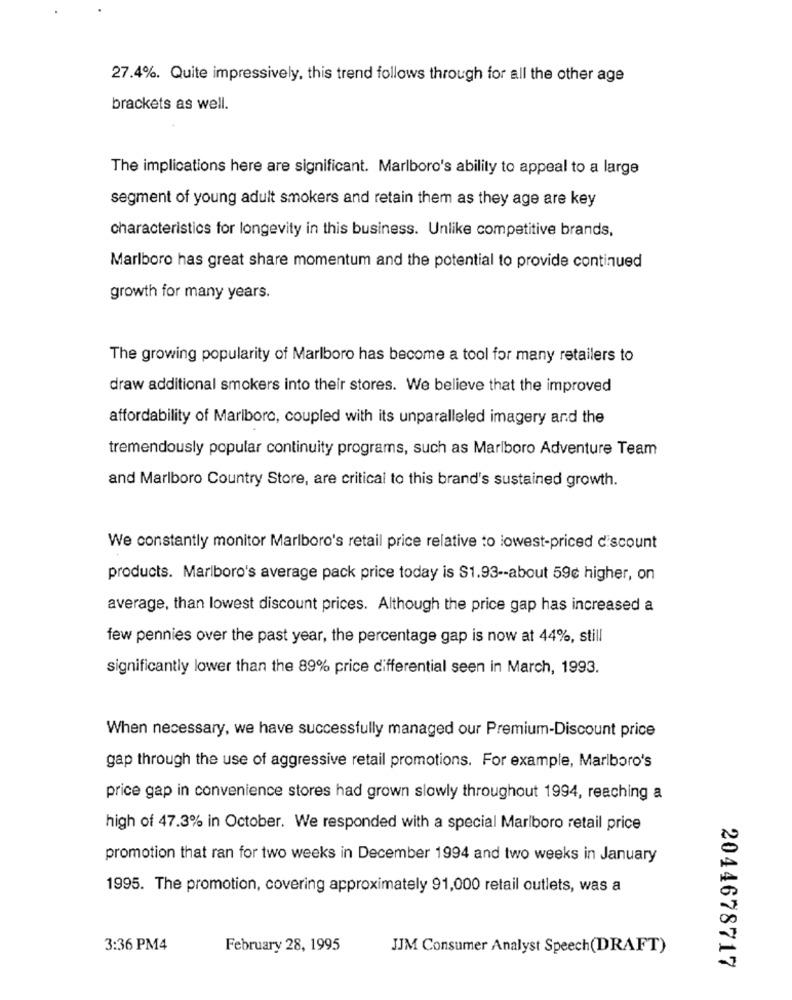
27.4%. Quite impressively, this trend follows through for all the other age
brackets as well.
The implications here are significant. Marlboro's ability to appeal to a large
segment of young adult smokers and retain them as they age are key
characteristics for longevity in this business. Unlike competitive brands,
Marlboro has great share momentum and the potential to provide continued
growth for many years.
The growing popularity of Marlboro has become a tool for many retailers to
draw additional smokers into their stores. We believe that the improved
affordability of Marlboro, coupled with its unparalleled imagery and the
tremendously popular continuity programs, such as Marlboro Adventure Team
and Marlboro Country Store, are critical to this brand's sustained growth.
We constantly monitor Marlboro's retail price relative to lowest-priced discount
products. Marlboro's average pack price today is $1.93 -- about 59¢ higher, on
average, than lowest discount prices. Although the price gap has increased a
few pennies over the past year, the percentage gap is now at 44%, still
significantly lower than the 89% price differential seen in March, 1993.
When necessary, we have successfully managed our Premium-Discount price
gap through the use of aggressive retail promotions. For example, Marlboro's
price gap in convenience stores had grown slowly throughout 1994, reaching a
high of 47.3% in October. We responded with a special Marlboro retail price
promotion that ran for two weeks in December 1994 and two weeks in January
1995. The promotion, covering approximately 91,000 retail outlets, was a
3:36 PM4
February 28, 1995
JJM Consumer Analyst Speech(DRAFT)
2044678717